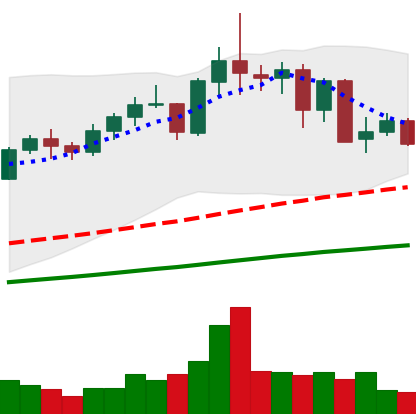
Ticker: NEO-USD
Chart end date: 2021-05-15
Forward return: -22.485%
Label: down_7plus